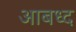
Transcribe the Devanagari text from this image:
आबध्द